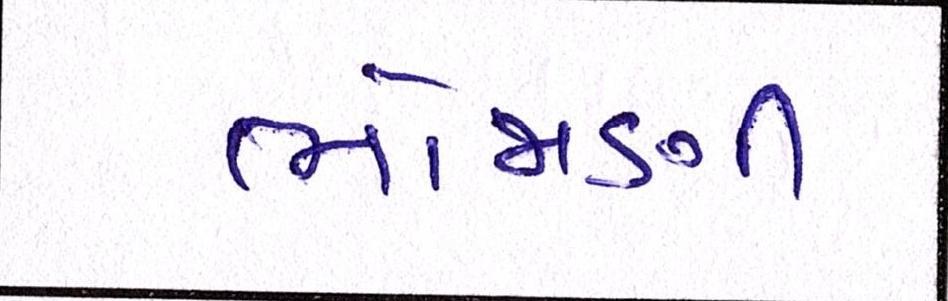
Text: ભોજાણી